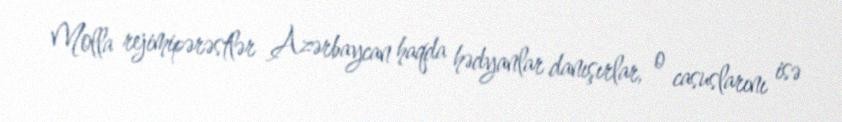
Molla rejimipərəstlər Azərbaycan haqda hədyanlar danışırlar, o casuslarını isə